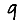
Digit: 9